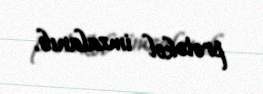
protokol imzalanıb.